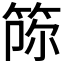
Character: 𥭫